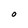
Character: O